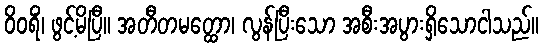
ဝိဝရိံ၊ ဖွင့်မိပြီ။ အတီတမတ္ထော၊ လွန်ပြီးသော အစီးအပွားရှိသောငါသည်။